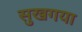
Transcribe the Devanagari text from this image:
सुखगया